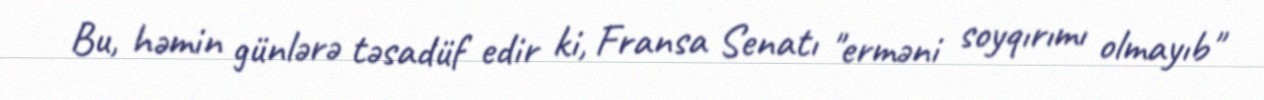
Bu, həmin günlərə təsadüf edir ki, Fransa Senatı "erməni soyqırımı olmayıb"